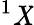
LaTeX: ^1\mathit{X}